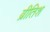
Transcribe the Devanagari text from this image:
ब्रीतिश